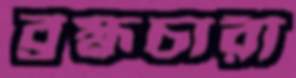
ব্রহ্মচারী